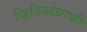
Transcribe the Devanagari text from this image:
व्हिडिओग्राफी